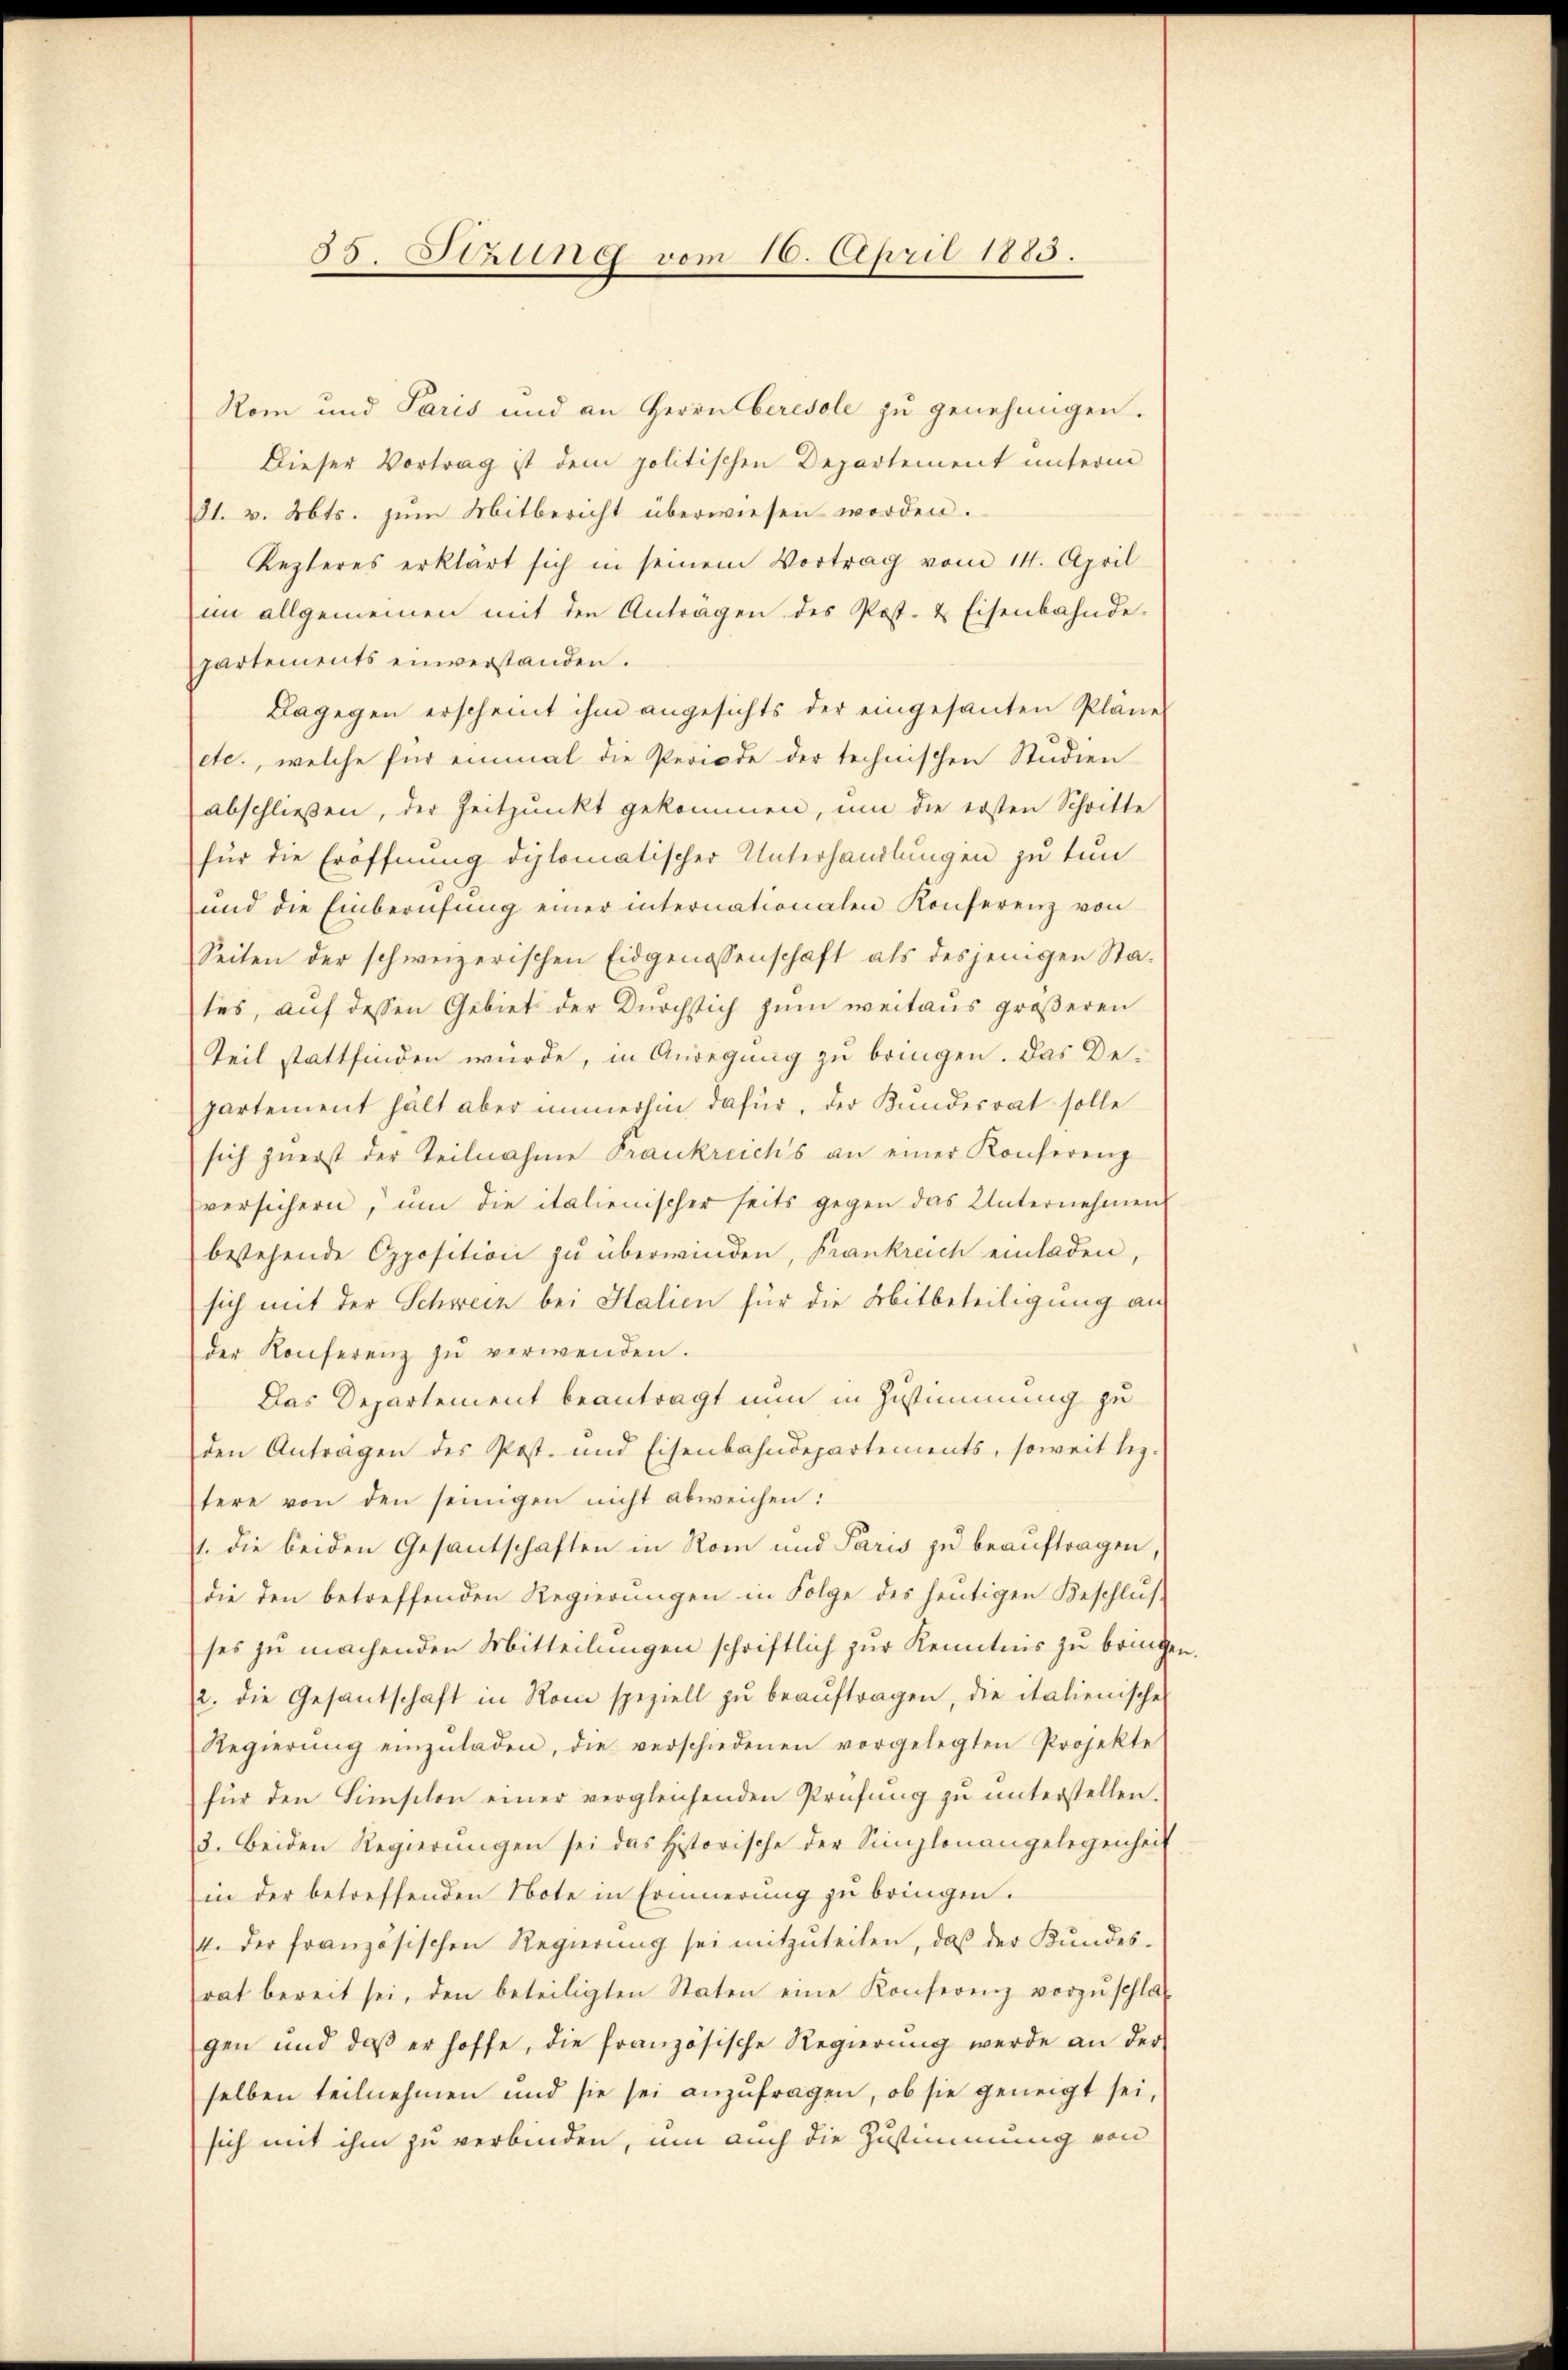
85. Szung vom 16. April 1883.

Rom und Paris und an Herrn Ceresole zu genehmigen.
Dieser Vortrag ist dem politischen Departement unterm
21. v. Mts. zum Mitbericht überwiesen worden.
Lezteres erklärt sich in seinem Vortrag vom 14. April
im allgemeinen mit den Anträgen des Post- & Eisenbahnde-
partements einverstanden.
Dagegen erscheint ihm angesichts der eingesanten Pläne
etc., welche für einmal die Periode der technischen Studien
abschließen, der Zeitpunkt gekommen, um die ersten Schritte
für die Eröffnung diplomatischer Unterhandlungen zu tun
und die Einberufung einer internationalen Konferenz von
Seiten der schweizerischen Eidgenossenschaft als desjenigen States, auf dessen Gebiet der Durchstich zum weitaus größeren
Teil stattfinden würde, in Anregung zu bringen. Das De-
partement hält aber immerhin dafür, der Kundesrat solle
sich zuerst der Teilnahme Frankreichs an einer Konferenz
versichern, um die italienischer seits gegen das Unternehmens
bestehende Opposition zu überwinden, Frankreich einladen,
sich mit der Schweiz bei Halien für die Mitbeteiligung an
der Konferenz zŭ verwenden.
Das Departement beantragt nun in Zustimmung zu
den Antragen des Post- und Eisenbahndepartements, soweit bez.
tere von den seinigen nicht abweichen:
1. die beiden Gesantschaften in Rom und Paris zu beauftragen,
die den betreffenden Regierungen in Folge des heutigen Beschlusses zu machenden Mitteilungen schriftlich zur Kenntnis zu bringe,
2. die Gesantschaft in Rom speziell zŭ beaŭftragen, die italienische
Regierŭng einzŭladen, die verschiedenen vorgelegten Projekte
für den Hinschon einer vergleichenden Prüfŭng zŭ ŭnterstellen.
3. Beiden Regierŭngen sei das Historische der Simplonangelegenheit
in der betreffenden Note in Erinnerung zu bringen.
4. der französischen Regierŭng sei mitzŭteilen, daβ der Kundes-
rat bereit sei, den beteiligten Staten eine Konferenz vorzŭschlaf
gen und daβ er hoffe, die französische Regierŭng werde an der
selben teilnehmen und sie sei anzŭfragen, ob sie geneigt sei,
sich mit ihm zu verbinden, um auch die Zustimmung von

n.